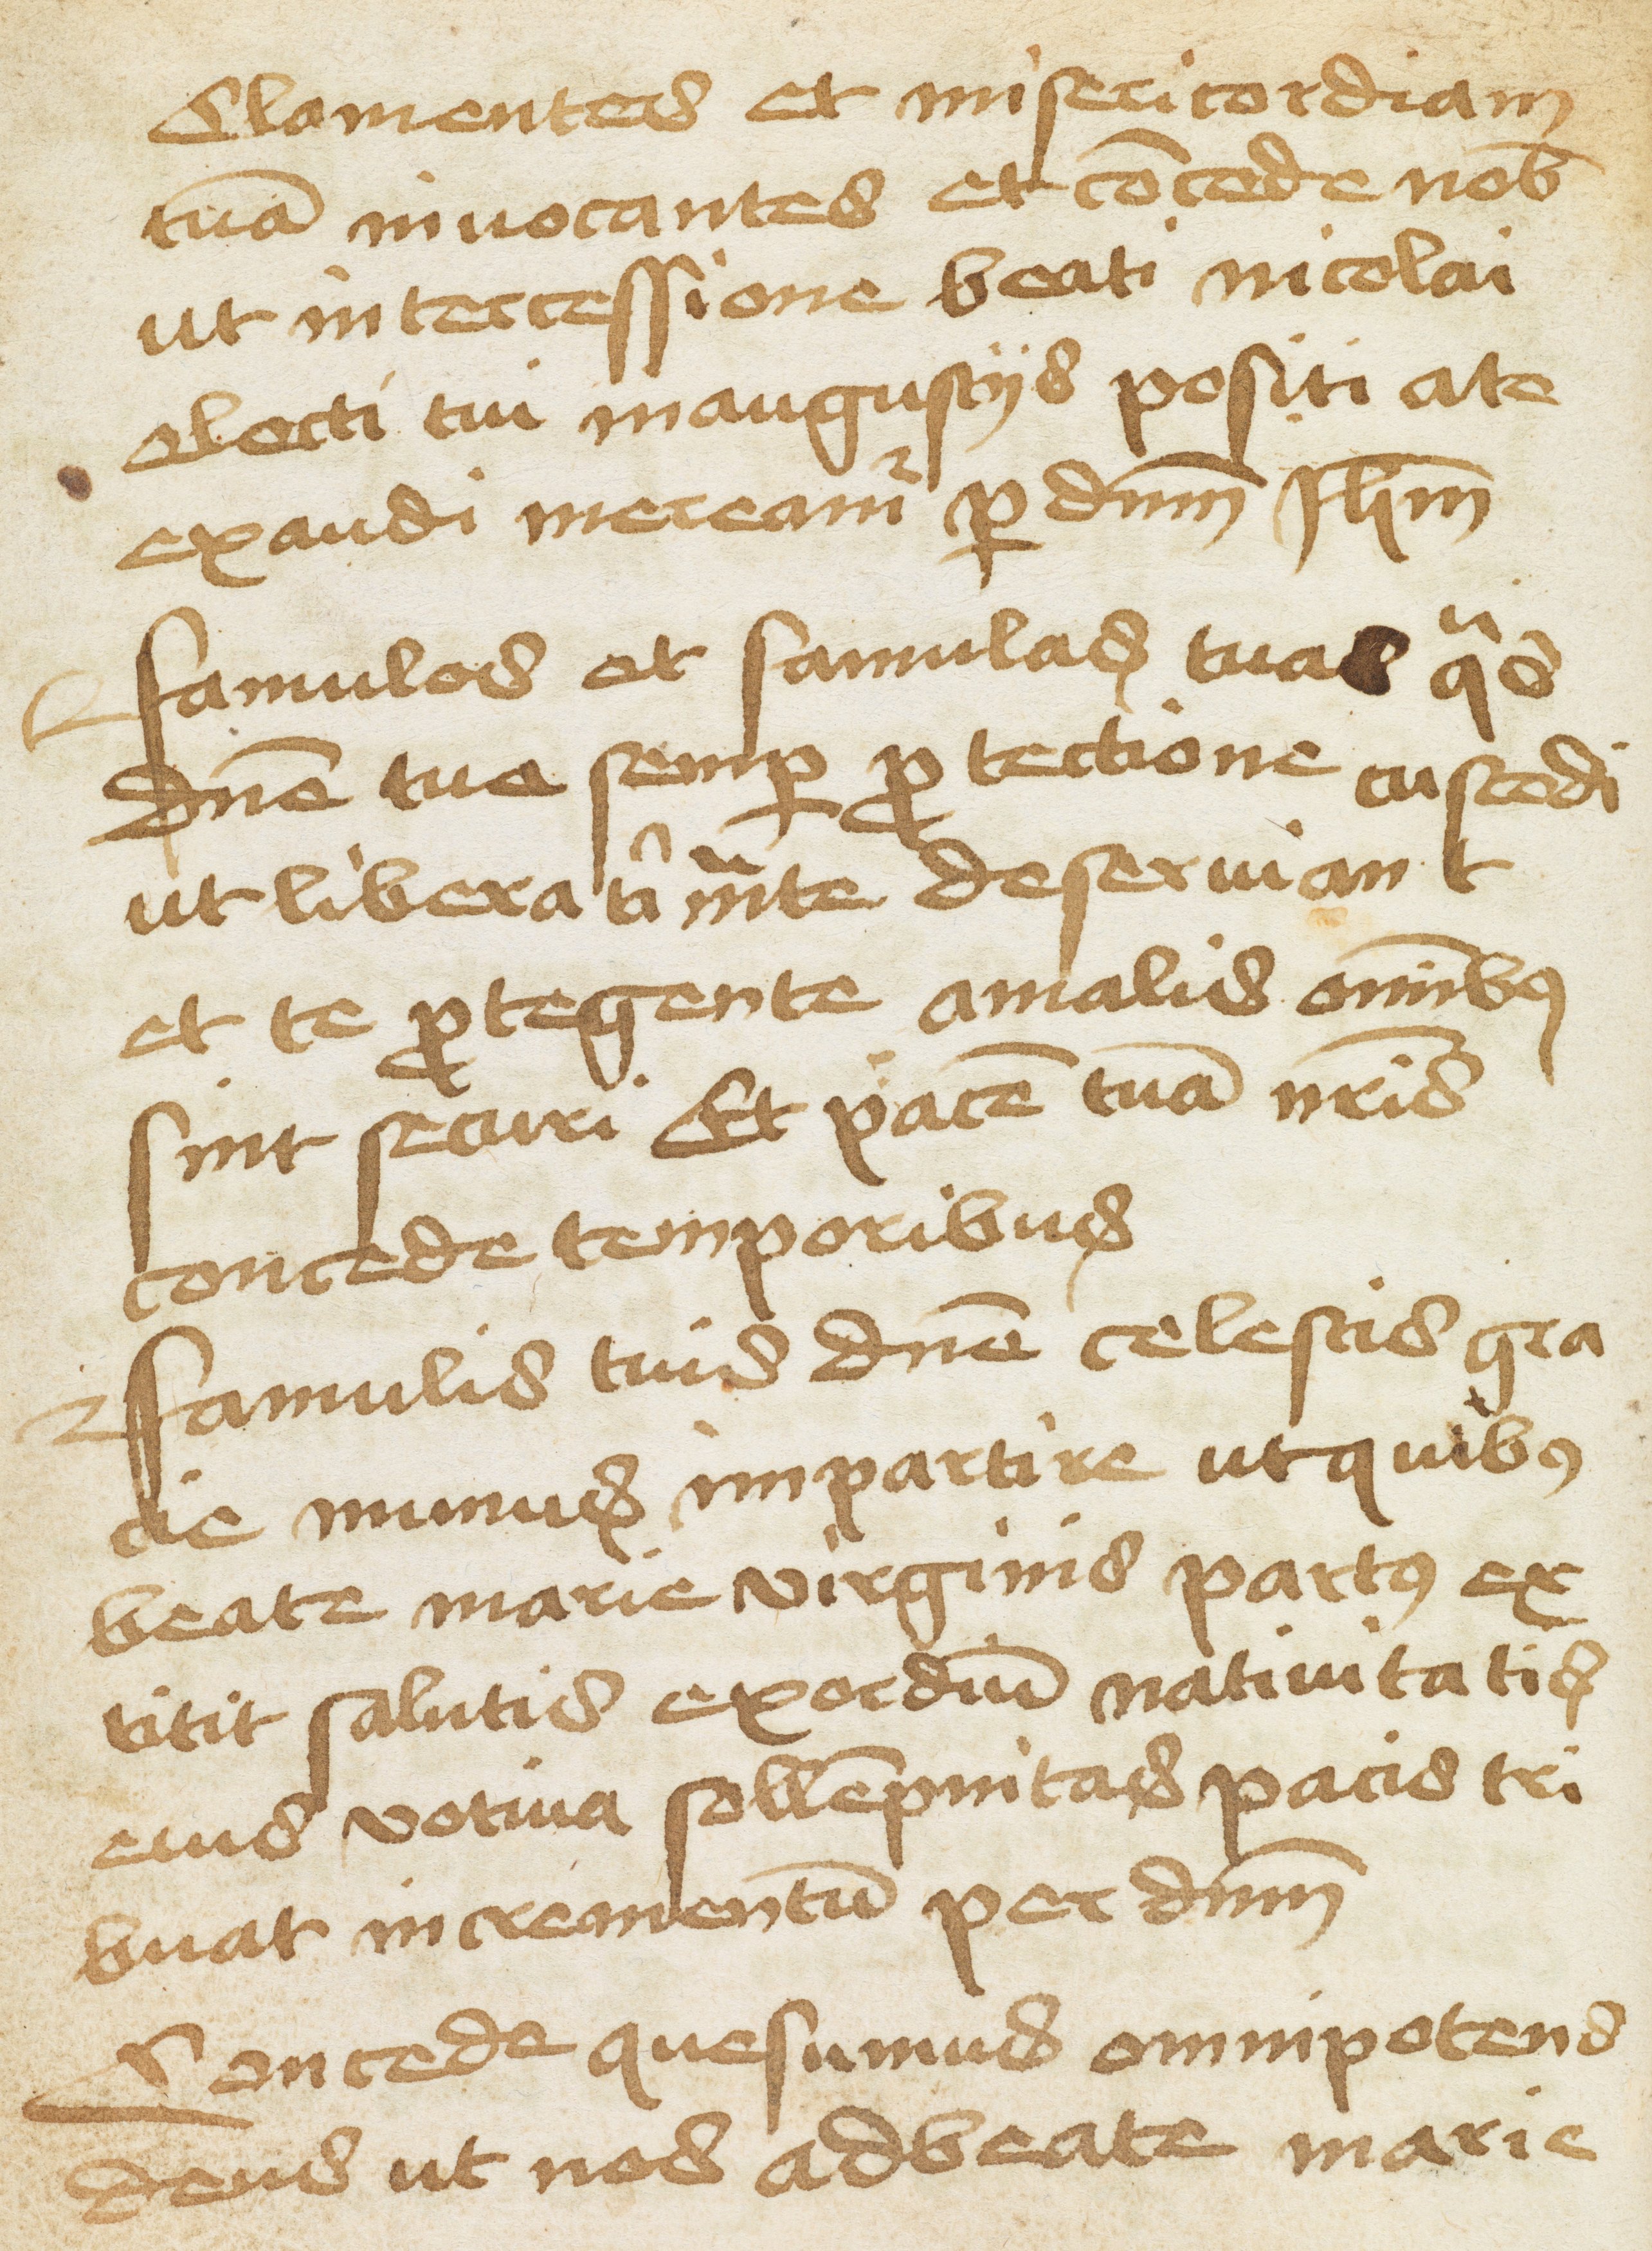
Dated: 1466–1466